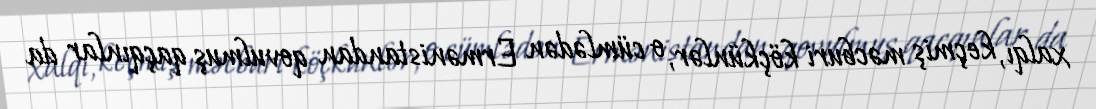
xalqı, keçmiş məcburi köçkünlər, o cümlədən Ermənistandan qovulmuş qaçqınlar da